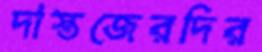
দাস্তজেরদির